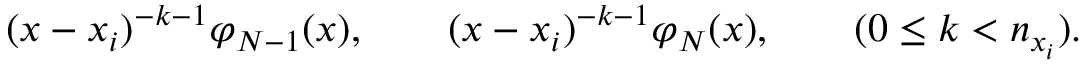
( x - x _ { i } ) ^ { - k - 1 } \varphi _ { N - 1 } ( x ) , \qquad ( x - x _ { i } ) ^ { - k - 1 } \varphi _ { N } ( x ) , \qquad ( 0 \le k < n _ { x _ { i } } ) .